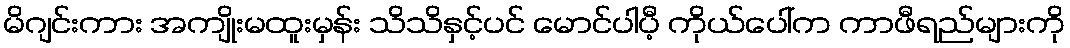
မိဂျင်းကား အကျိုးမထူးမှန်း သိသိနှင့်ပင် မောင်ပါပီ့ ကိုယ်ပေါ်က ကာဖီရည်များကို